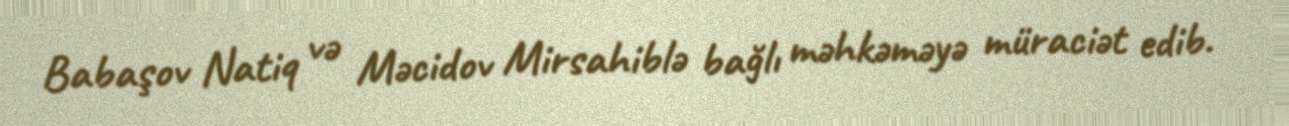
Babaşov Natiq və Məcidov Mirsahiblə bağlı məhkəməyə müraciət edib.